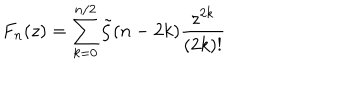
F _ { n } ( z ) = \sum _ { k = 0 } ^ { n / 2 } \tilde { \zeta } ( n - 2 k ) \frac { z ^ { 2 k } } { ( 2 k ) ! }